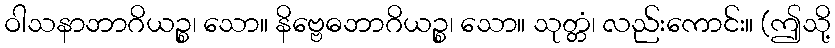
ဝါသနာဘာဂိယဉ္စ၊ သော။ နိဗ္ဗေဓဘာဂိယဉ္စ၊ သော။ သုတ္တံ၊ လည်းကောင်း။ (ဤသို့